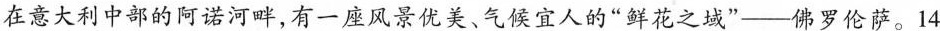
在意大利中部的阿诺河畔，有一座风景优美、气候宜人的”鲜花之域”——佛罗伦萨。14